Annual report on the Civil Veterinary Department, Burma (including the Insein Veterinary School) - 1910-1922
Year: 1910
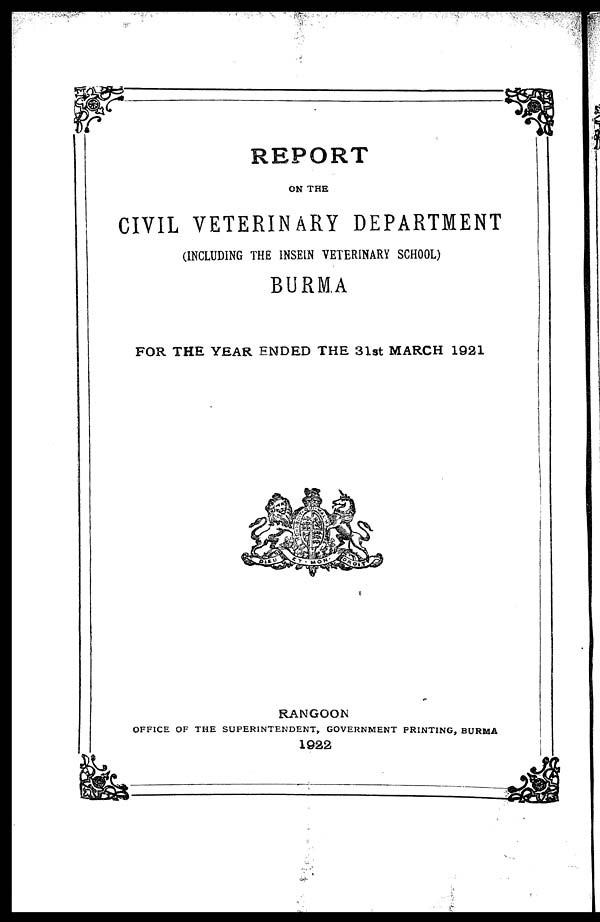
REPORT
ON THE
CIVIL VETERINARY DEPARTMENT
(INCLUDING THE INSEIN VETERINARY SCHOOL)
BURMA
FOR THE YEAR ENDED THE 31st MARCH 1921
RANGOON
OFFICE OF THE SUPERINTENDENT, GOVERNMENT PRINTING, BURMA
1922